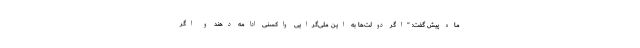
ماه پیش گفت: "اگر دولت‌ها به این ملی‌گرایی واکسنی ادامه دهند و اگر